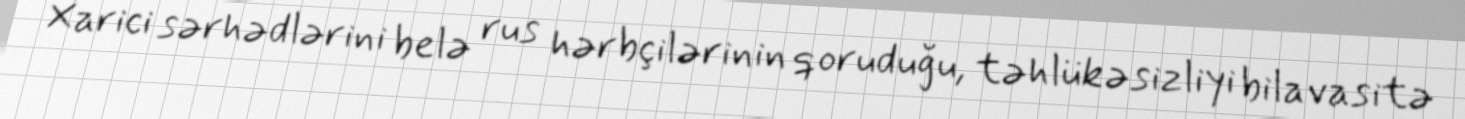
Xarici sərhədlərini belə rus hərbçilərinin qoruduğu, təhlükəsizliyi bilavasitə